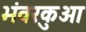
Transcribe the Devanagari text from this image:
भंवरकुआ